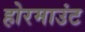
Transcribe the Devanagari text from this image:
होरमाउंट